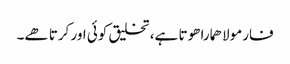
فارمولا ھمارا ھوتا ہے، تخلیق کوئی اور کرتا ھے۔